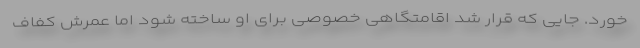
خورد. جایی که قرار شد اقامتگاهی خصوصی برای او ساخته شود اما عمرش کفاف